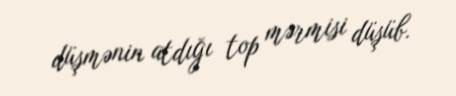
düşmənin atdığı top mərmisi düşüb.